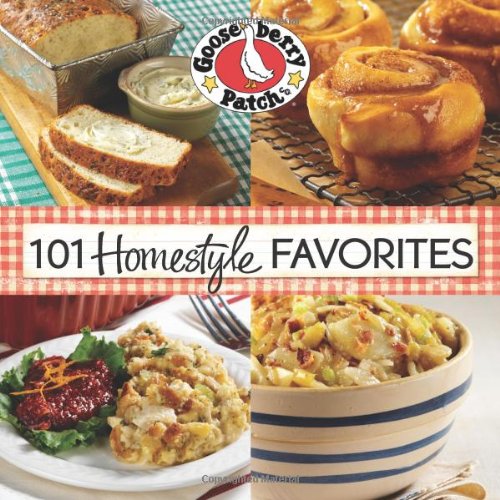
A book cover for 101 Homestyle Favorite Recipes (101 Cookbook Collection); Gooseberry Patch; Cookbooks, Food & Wine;